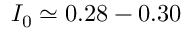
I _ { 0 } \simeq 0 . 2 8 - 0 . 3 0